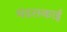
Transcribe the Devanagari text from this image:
थंडरस्काई